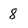
Character: 8